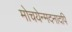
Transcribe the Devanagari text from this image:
मोचयेन्मदनादपि